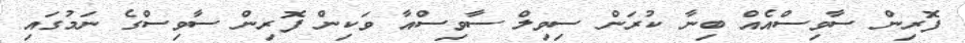
ފޮރިން ސާވިސްއެއް ބިނާ ކުރަން ސިވިލް ސާވިސްއާ ވަކިން ފޮރިން ސާވިސްގެ ނަމުގައި